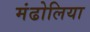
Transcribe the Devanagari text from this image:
मंढोलिया